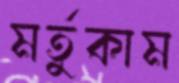
মর্তুকাম